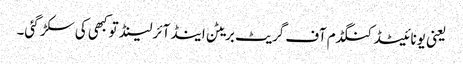
یعنی یونائیٹڈ کنگڈم آف گریٹ بریٹن اینڈ آئرلینڈ تو کبھی کی سکڑ گئی۔